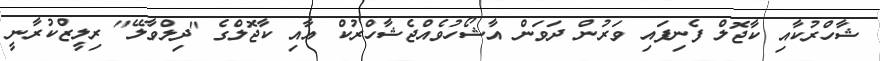
ޝާހްރުކާއި ކާޖޮލް ފެނިފައި ވަރުން ދަވަން އާޝޯހުވެއްޖެޝާހްރުކް އާއި ކާޖޮލްގެ "ދިލްވާލޭ" ރިލީޒްކުރާނީ